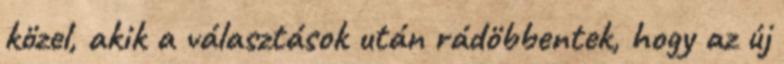
közel, akik a választások után rádöbbentek, hogy az új